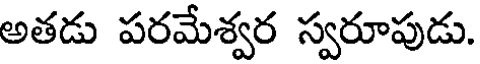
అతడు పరమేశ్వర స్వరూపుడు.